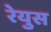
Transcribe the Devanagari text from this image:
रेयुस